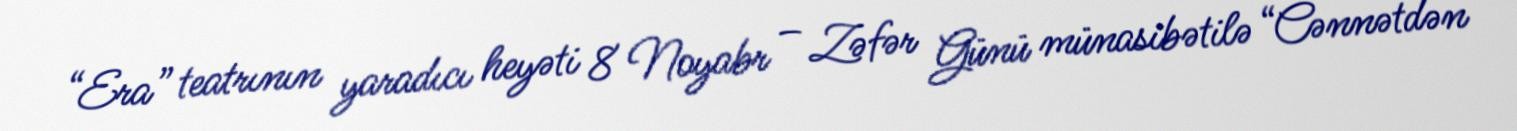
“Era” teatrının yaradıcı heyəti 8 Noyabr – Zəfər Günü münasibətilə “Cənnətdən